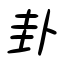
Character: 卦